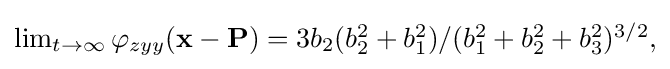
{\textstyle \lim _{t\to \infty }\varphi _{zyy}(\mathbf {x} -\mathbf {P} )=3b_{2}(b_{2}^{2}+b_{1}^{2})/(b_{1}^{2}+b_{2}^{2}+b_{3}^{2})^{3/2},}